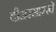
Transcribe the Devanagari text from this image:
बीअरसारखे